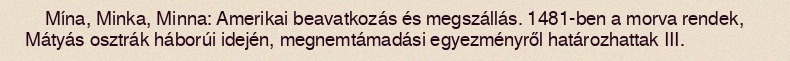
Mína, Minka, Minna: Amerikai beavatkozás és megszállás. 1481-ben a morva rendek, Mátyás osztrák háborúi idején, megnemtámadási egyezményről határozhattak III.